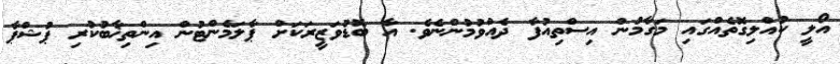
އޯލީ ކުއްލިގޮތެއްގައި މަގާމުން އިސްތިއުފާ ދެއްވުމުންނެވެ. އާ ބޮޑުވަޒީރަކަށް ޕާލަމެންޓުން އިންތިޚާބުކުރި ޕުޝްޕާ